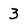
Character: 3